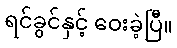
ရင်ခွင်နှင့် ဝေးခဲ့ပြီ။